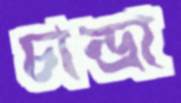
চান্দ্রা